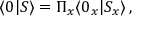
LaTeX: \langle 0 | S \rangle = \Pi _ { x } \langle 0 _ { x } | S _ { x } \rangle \, ,